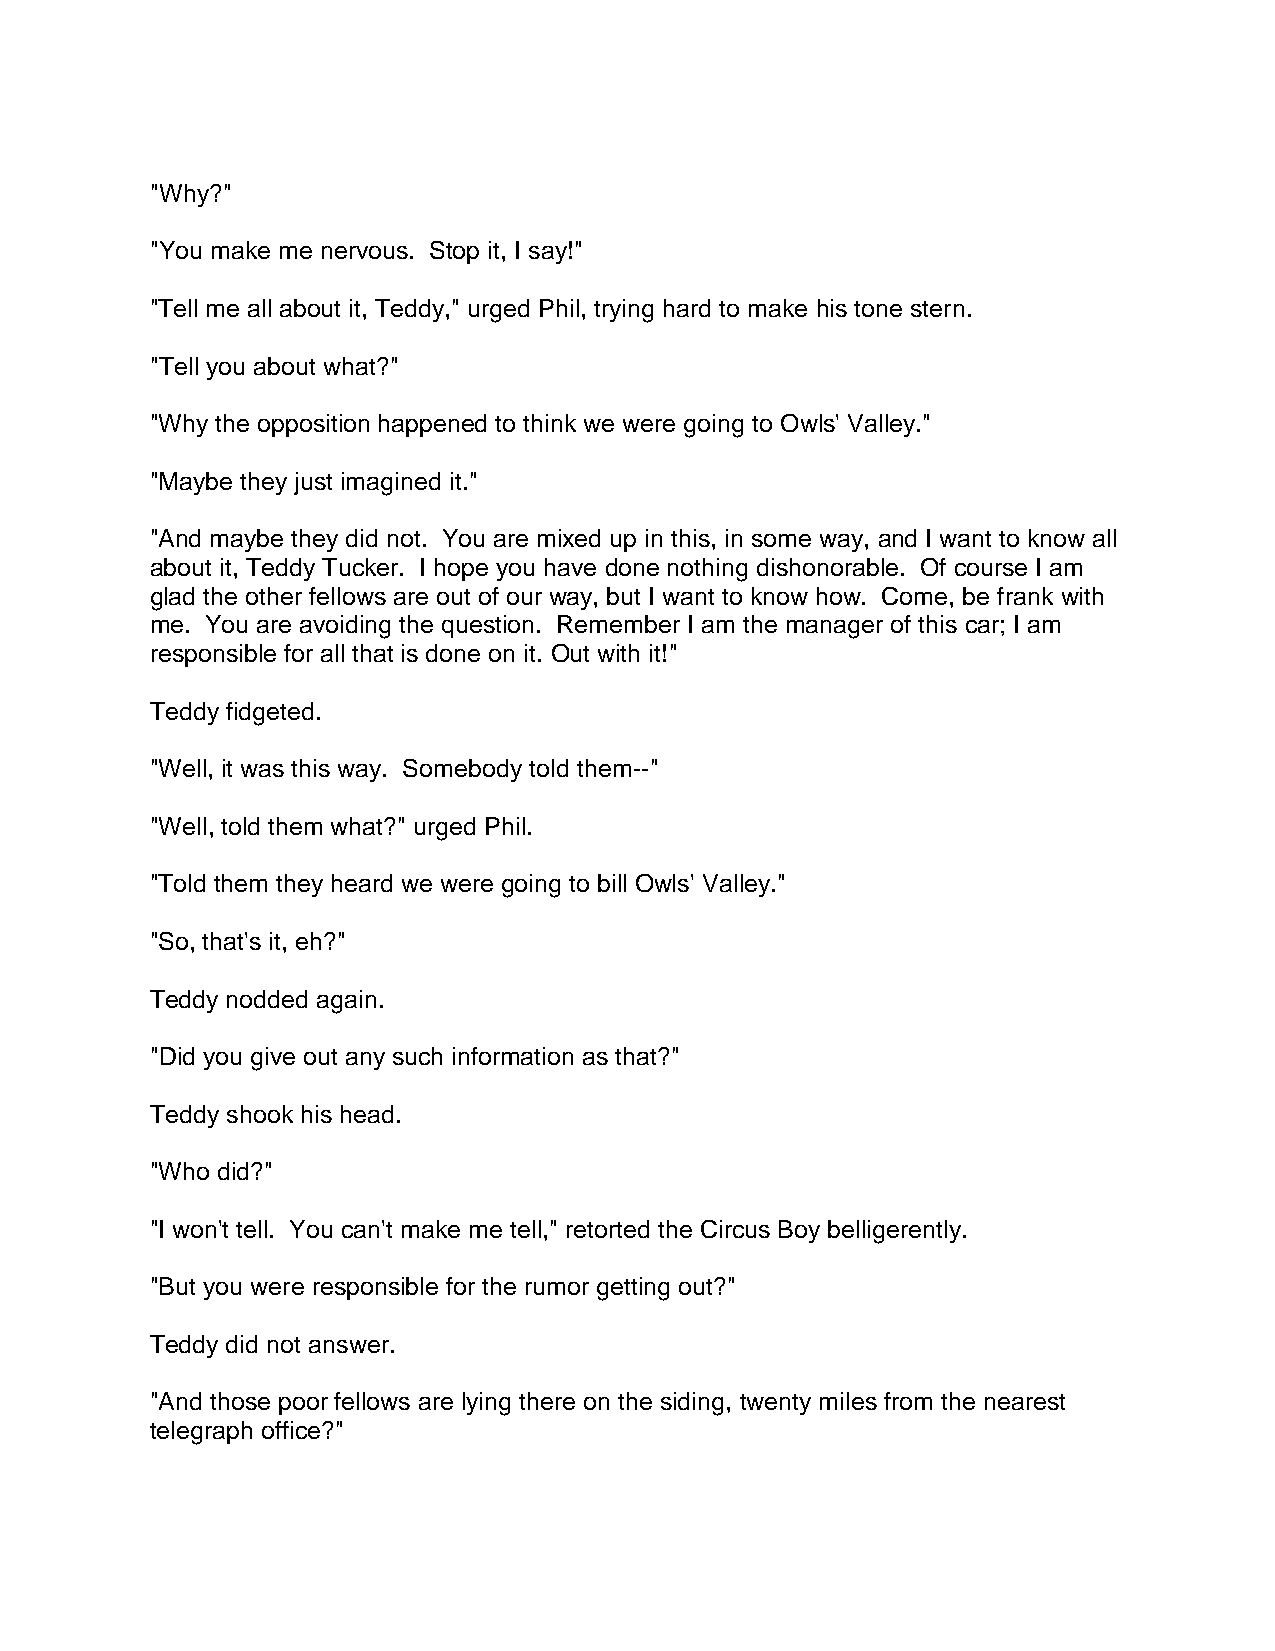
"Why?"
 "You make me nervous. Stop it, I say!"
 "Tell me all about it, Teddy," urged Phil, trying hard to make his tone stern.
 "Tell you about what?"
 "Why the opposition happened to think we were going to Owls' Valley."
 "Maybe they just imagined it."
 "And maybe they did not. You are mixed up in this, in some way, and I want to know all
 about it, Teddy Tucker. I hope you have done nothing dishonorable. Of course I am
 glad the other fellows are out of our way, but I want to know how. Come, be frank with
 me. You are avoiding the question. Remember I am the manager of this car; I am
 responsible for all that is done on it. Out with it!"
 Teddy fidgeted.
 "Well, it was this way. Somebody told them--"
 "Well, told them what?" urged Phil.
 "Told them they heard we were going to bill Owls' Valley."
 "So, that's it, eh?"
 Teddy nodded again.
 "Did you give out any such information as that?"
 Teddy shook his head.
 "Who did?"
 "I won't tell. You can't make me tell," retorted the Circus Boy belligerently.
 "But you were responsible for the rumor getting out?"
 Teddy did not answer.
 "And those poor fellows are lying there on the siding, twenty miles from the nearest
 telegraph office?"